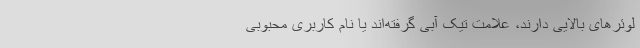
لوئرهای بالایی دارند، علامت تیک آبی گرفته‌اند یا نام کاربری محبوبی